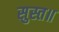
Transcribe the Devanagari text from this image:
सुस्त॥